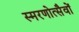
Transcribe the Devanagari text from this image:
स्मरणोत्सैवों